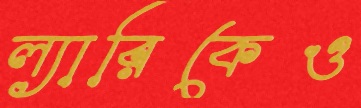
ল্যারিকেও